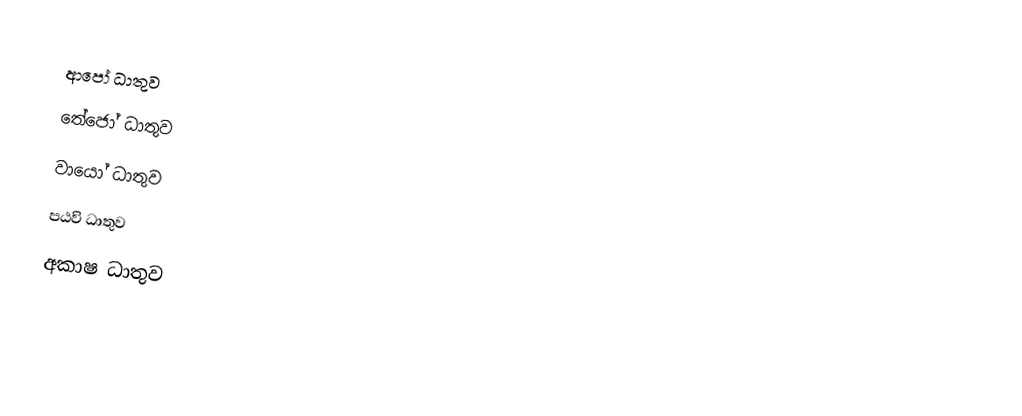
ආපෝ ධාතුව
 තේජෝ ධාතුව
 වායෝ ධාතුව
 පඨවි ධාතුව
 අකාෂ ධාතුව